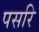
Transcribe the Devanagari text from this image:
पसरि